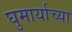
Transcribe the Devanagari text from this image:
घुमार्याच्या